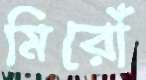
মিরোঁ